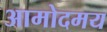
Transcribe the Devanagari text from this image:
आमोदमय